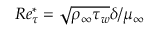
R e _ { \tau } ^ { * } = \sqrt { \rho _ { \infty } \tau _ { w } } \delta / \mu _ { \infty }